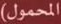
المحمول)